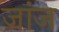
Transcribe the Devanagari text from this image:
जांज